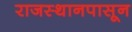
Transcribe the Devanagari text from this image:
राजस्थानपासून